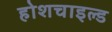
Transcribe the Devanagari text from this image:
होशचाइल्ड